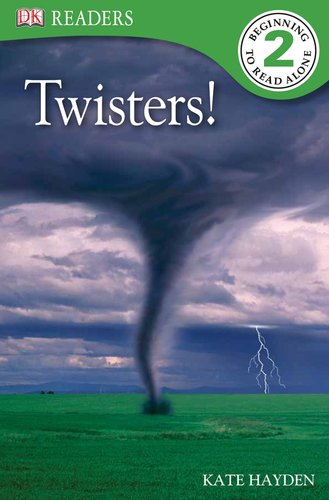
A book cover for DK Readers L2: Twisters!; Kate Hayden; Science & Math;